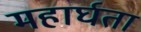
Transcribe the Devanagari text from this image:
महार्घता